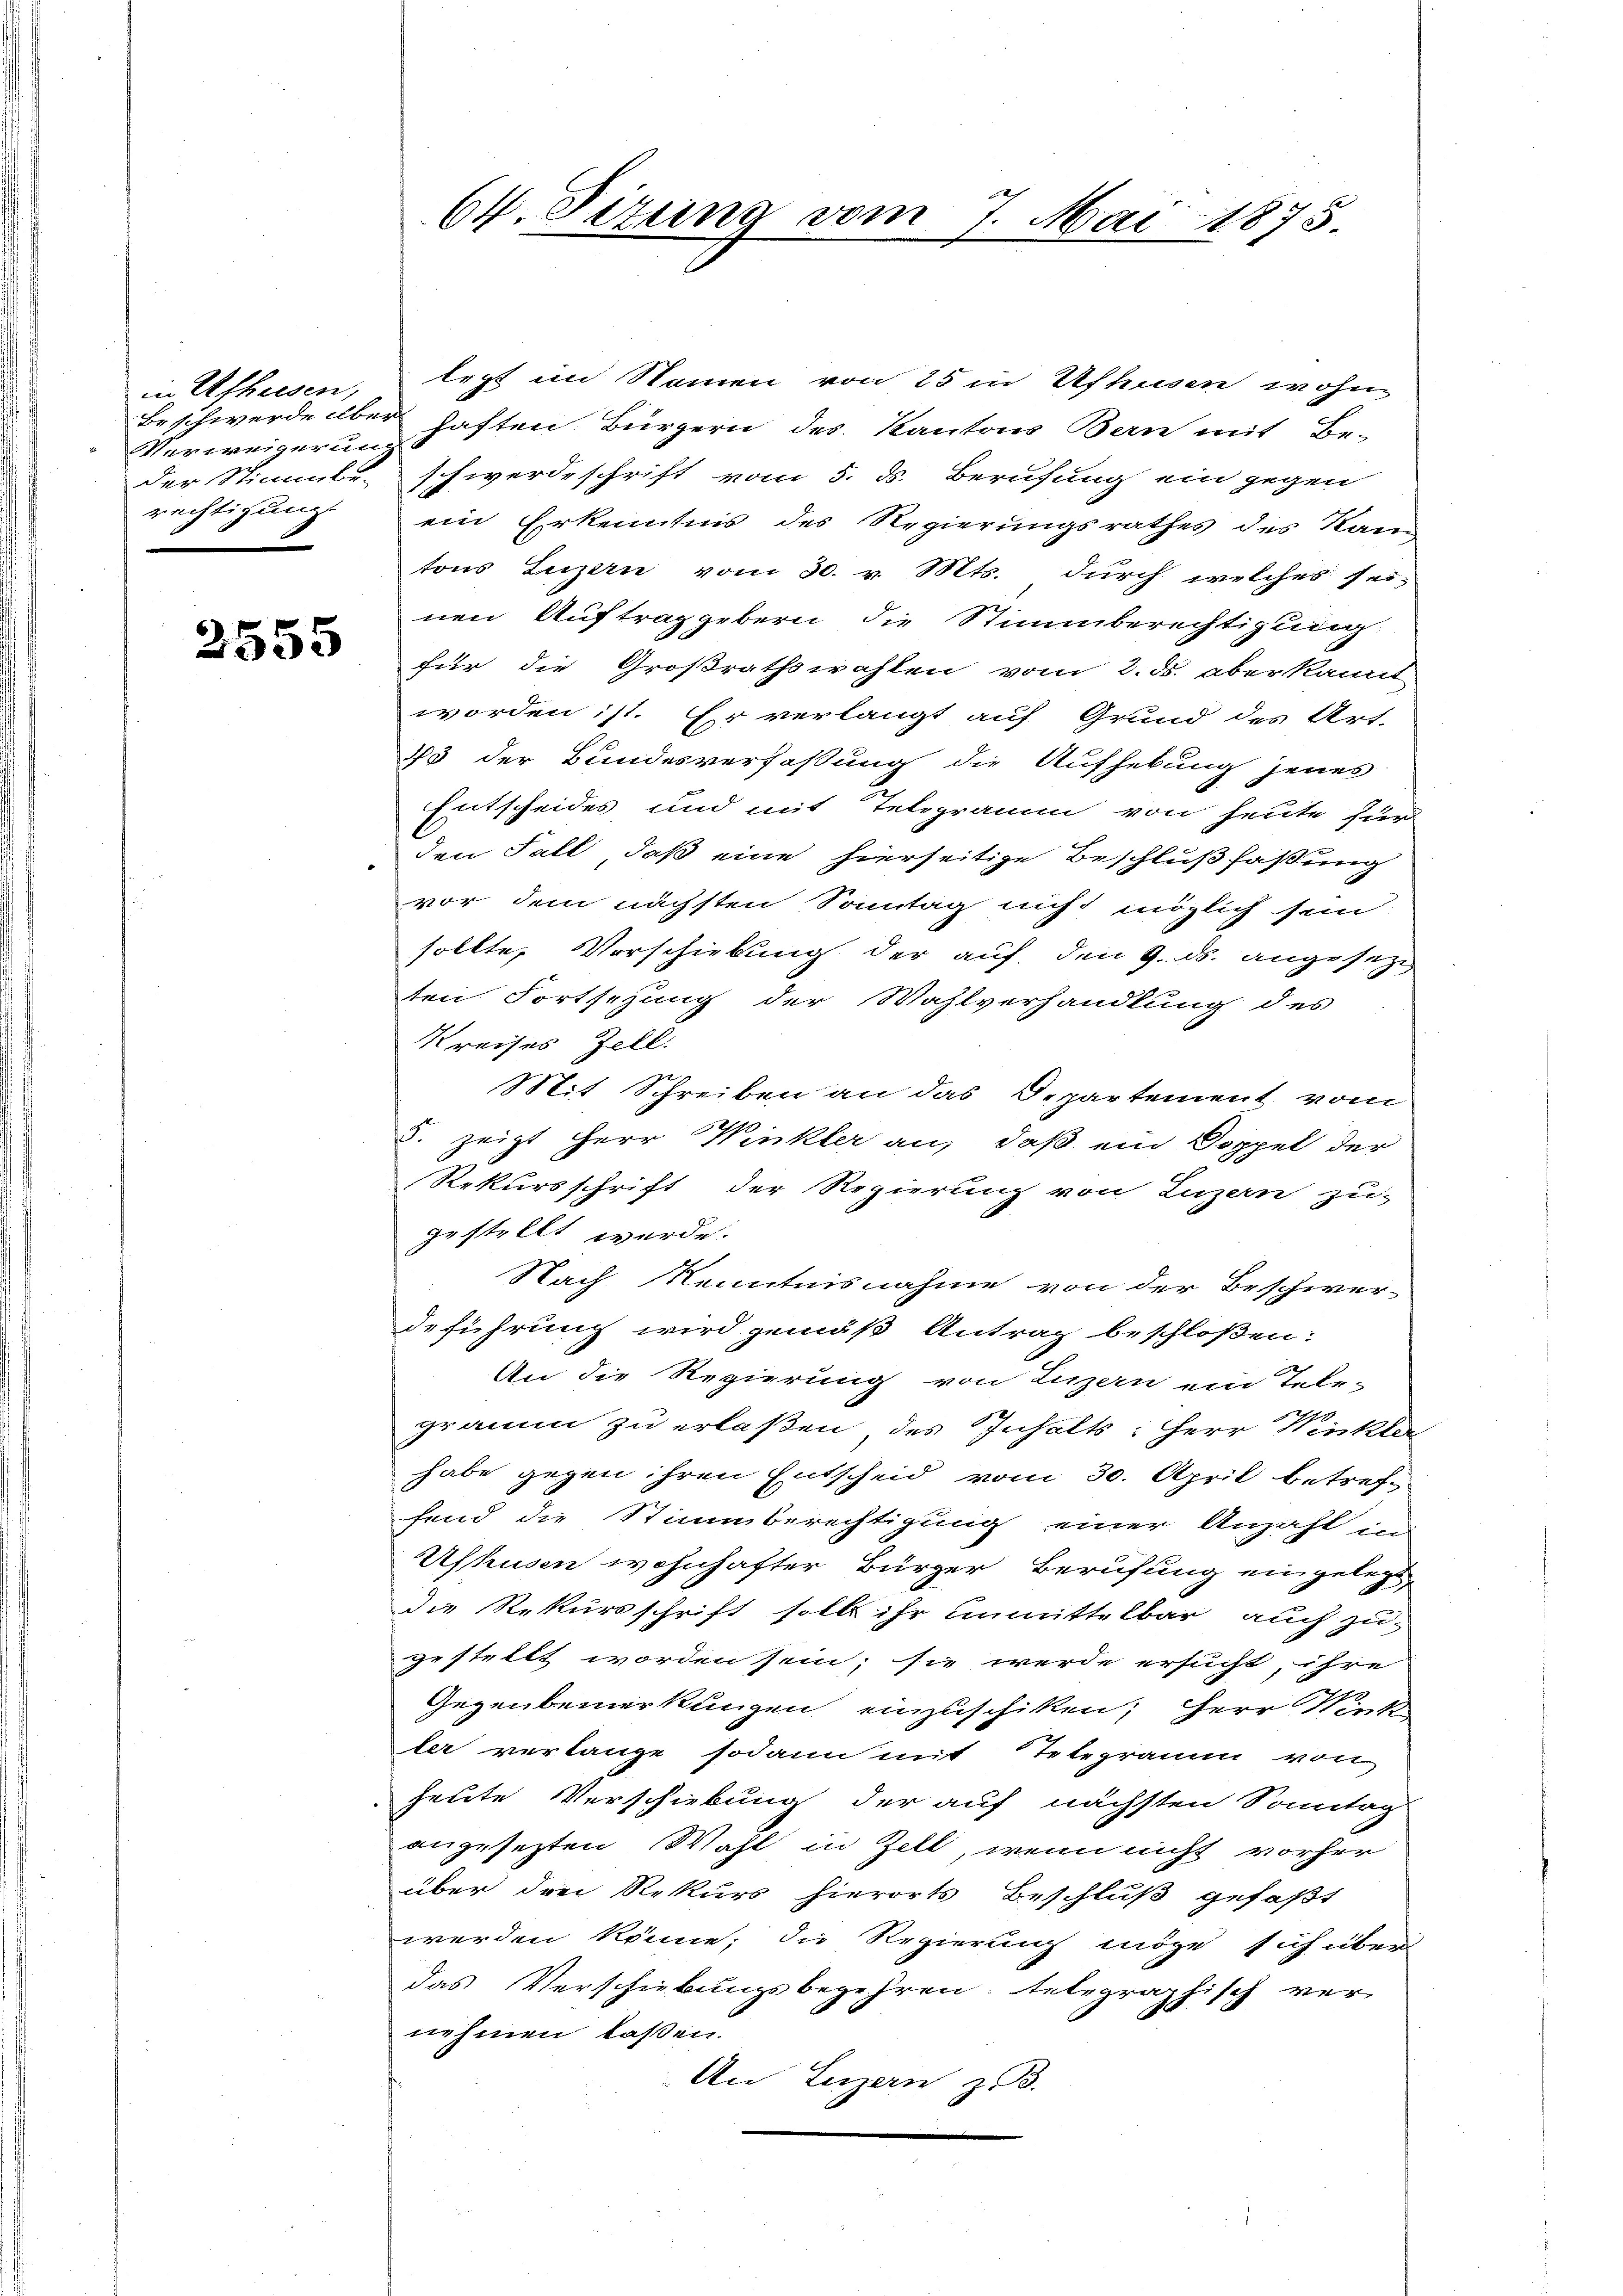
in Affeesen,
Verweigerung
der Stimmbe-
rechtigung

2555

legt im Namen von 25 in Ufhusen, wohne
Beschwerde aber haften Bürgern des Kantons Bern mit Be-
schwerdeschrift vom 5. d. Berufung ein gegen
ein Erkenntnis des Regierungsrathes des Kan
tons Luzern vom 30. v. Mts. durch welches seinen Auftrag gebern die Stimmberechtigung.
für die Großrathswahlen vom 2. ds. aberkannt
worden ist. Er verlangt auf Grund des Art.
13 der Bundesverfaßung die Aufhebung jenes
Entscheides, und mit Telegramm von heute für
den Fall, daß eine hierseitige Beschlußfaßung
vor dem nächsten Sonntag nicht möglich sein
sollte, Vorschiebung der auf den 9. ds. angesezt,
ten Fortsetzung der Wahlverhandlung des
Kreises Zell.
Mit Schreiben an das Departement vom
5. zeigt Herr Winkler an, daß ein Doppel der
Rekursschrift der Regierung von Luzern zu-
gestellt werde.
Nach Kenntnisnahme von der Beschwer-
deführung wird gemäß Antrag beschloßen:
An die Regierung von Luzern ein Tele-
gramm zu erlaßen, des Inhalts: Herr Winkler
habe gegen ihren Entscheid vom 30. April betreffend die Stimmberechtigung einer Anzahl in
Ufhusen wohnhafter Bürger Berufung eingelegt
die Rekursschrift soll ihr unmittelbar auch zu-
gestellt worden sein; sie werde ersucht, ihre
Gegenbemerkungen einzuschiken, Herr Wirk
ler verlange sodann mit Telegramm von
heute Verschiebung der auf nächsten Sonntag
angesezten Wahl in Zell, wenn nicht vorher
über drei Rekurs hierorts Beschluß gefaßt
werden könne; die Regierung möge sich über
das Verschiebungsbegehren, telegraphisch ver-
nehmen laßen.
An Luzern, z. B.

64. Sizung vom 7. Mai 1875.